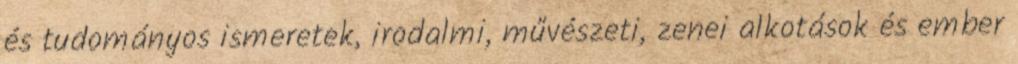
és tudományos ismeretek, irodalmi, művészeti, zenei alkotások és ember